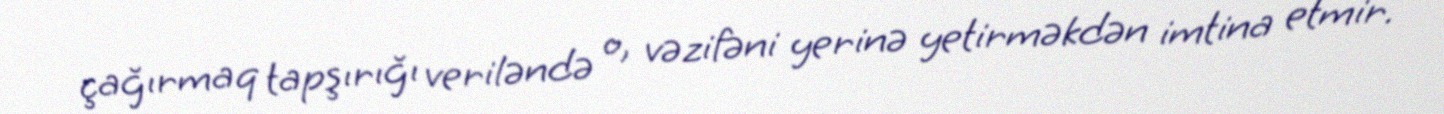
çağırmaq tapşırığı veriləndə o, vəzifəni yerinə yetirməkdən imtina etmir.